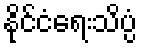
နိုင်ငံရေးသိပ္ပံ